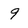
Character: 9